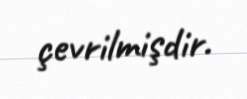
çevrilmişdir.